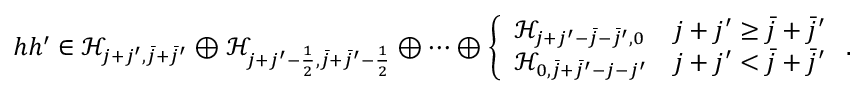
h h ^ { \prime } \in \mathcal { H } _ { j + j ^ { \prime } , \bar { j } + \bar { j } ^ { \prime } } \oplus \mathcal { H } _ { j + j ^ { \prime } - \frac { 1 } { 2 } , \bar { j } + \bar { j } ^ { \prime } - \frac { 1 } { 2 } } \oplus \cdots \oplus \left\{ \begin{array} { l l } { \mathcal { H } _ { j + j ^ { \prime } - \bar { j } - \bar { j } ^ { \prime } , 0 } } & { j + j ^ { \prime } \geq \bar { j } + \bar { j } ^ { \prime } } \\ { \mathcal { H } _ { 0 , \bar { j } + \bar { j } ^ { \prime } - j - j ^ { \prime } } } & { j + j ^ { \prime } < \bar { j } + \bar { j } ^ { \prime } } \end{array} \right. .